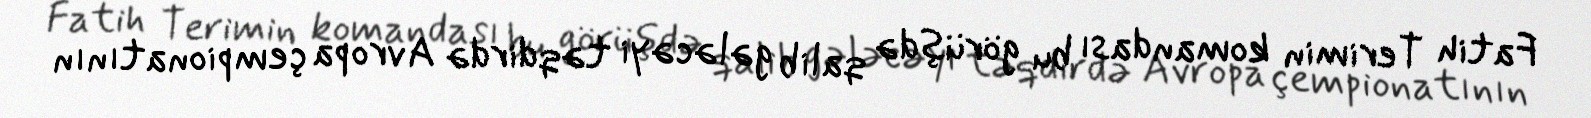
Fatih Terimin komandası bu görüşdə qalib gələcəyi təqdirdə Avropa çempionatının